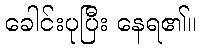
ခေါင်းပုပြီး နေရ၏။